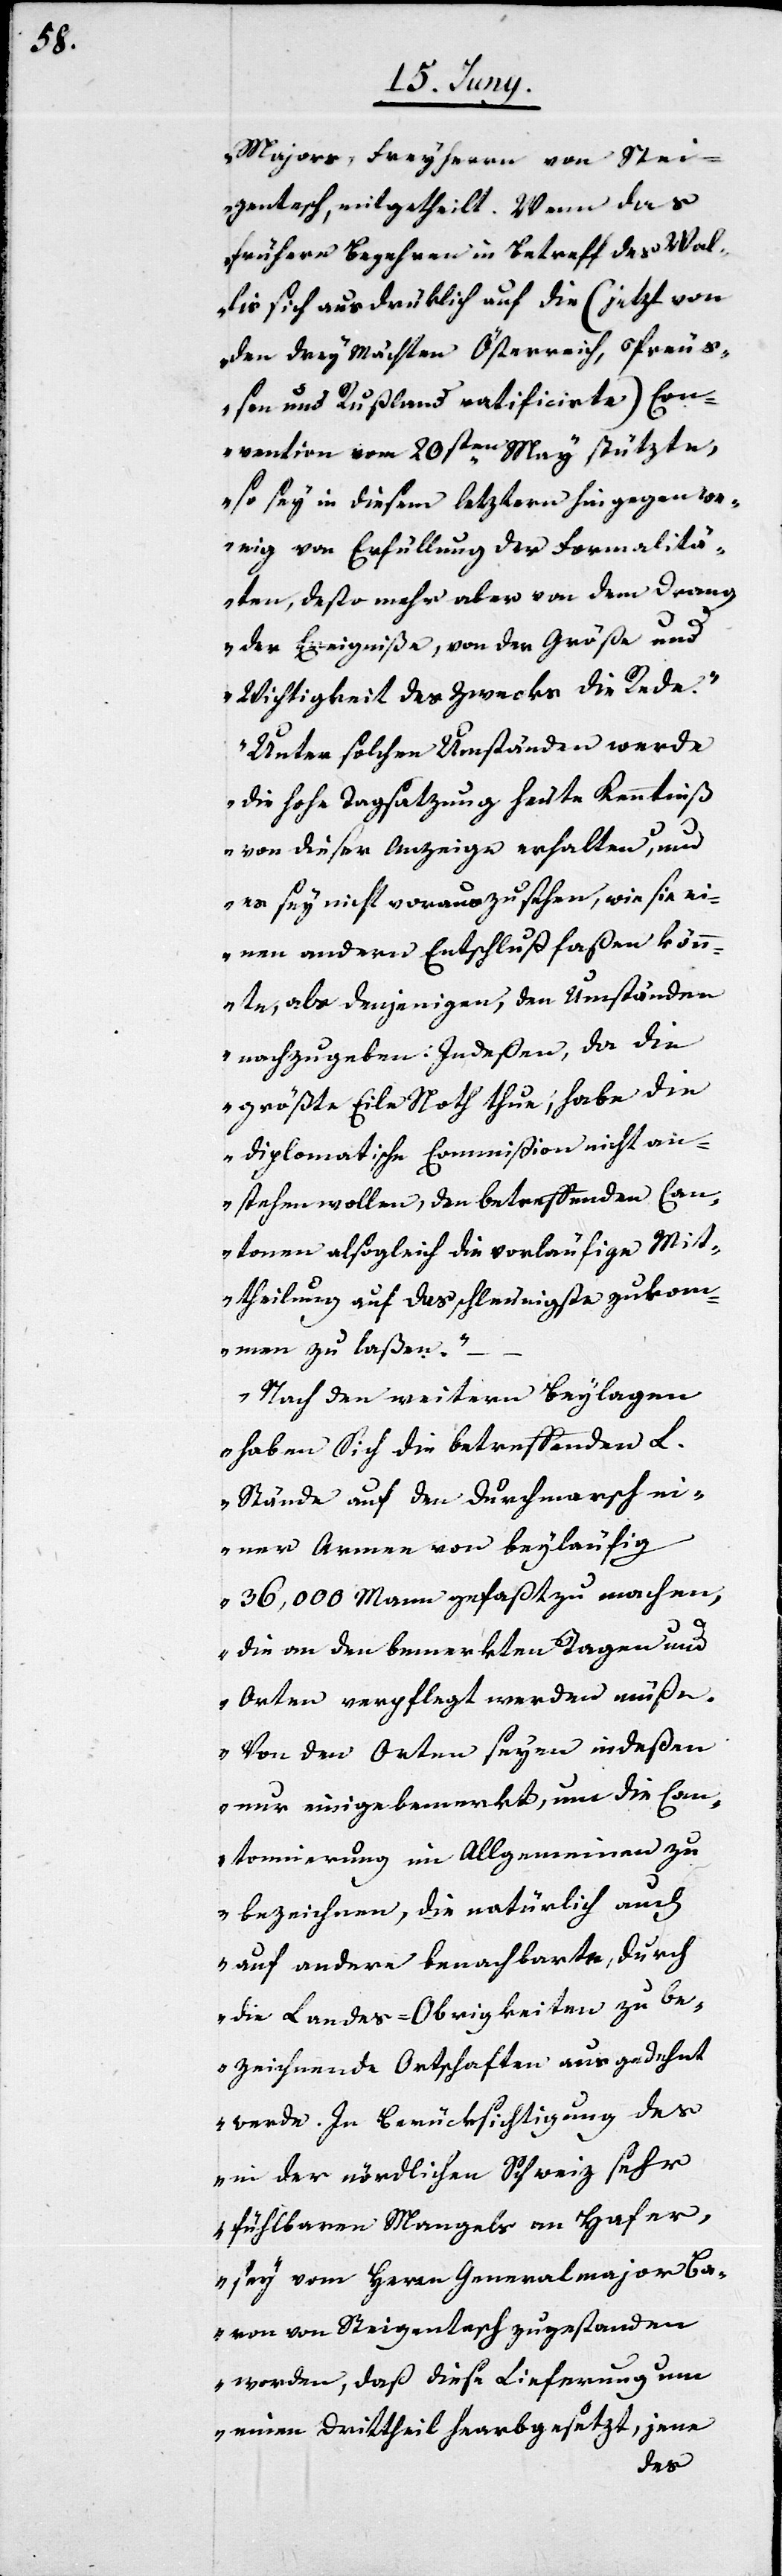
Majors, Freyherrn von Stei¬
gentesch, mitgetheilt. Wenn das
frühere Begehren in Betreff des Wal¬
lis sich ausdrüklich auf die (jetzt von
den drey Mächten Österreich, Preu¬
ßen und Rußland ratificierte) Con¬
vention vom 20sten May stützte,
so sey in diesem letztern hingegen we¬
nig von der Erfüllung der Formalitä¬
ten, desto mehr aber von dem Drang
der Ereigniße, von der Größe und
Wichtigkeit des Zwecks die Rede.
Unter solchen Umständen werde
die hohe Tagsatzung heute Kenntniß
von dieser Anzeige erhalten, und
es sey nicht vorauszusehen, wie sie ei¬
nen andern Entschluß faßen kön¬
nte, als denjenigen, den Umständen
nachzugeben. Indeßen, da die
größte Eile Noth tue, habe die
Diplomatische Commißion nicht an¬
stehen wollen, den betreffenden Can¬
tonen alsogleich die vorläufige Mit¬
theilung auf das schleunigste zukom¬
men zu laßen. –
Nach den weitern Beylagen
haben Sich die betreffenden L.
Stände auf den Durchmarsch ei¬
ner Armee von beyläufig
36,000 Mann gefaßt zu machen,
die an den bemerkten Tagen und
Orten verpflegt werden müße.
Von den Orten seyen indeßen
nur einige bemerkt, und die Can¬
tonierung im Allgemeinen zu
bezeichnen, die natürlich auch
auf andere benachbarte, durch
die Landes-Obrigkeiten zu be¬
zeichnende Ortschaften ausgedehnt
werde. In Berücksichtigung des
in der nördlichen Schweiz sehr
fühlbaren Mangels an Hafer,
sey vom Herrn Generalmajor Ba¬
ron von Steigentesch zugestanden
worden, daß diese Lieferung um
einen Drittheil herabgesetzt, jene